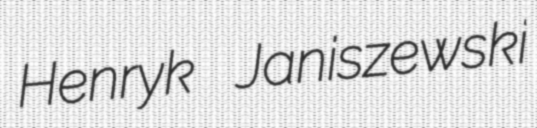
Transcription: Henryk Janiszewski